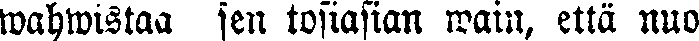
wahwistaa sen tosiasian wain, että nuo